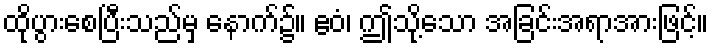
ထိုပွားစေပြီးသည်မှ နောက်၌။ ဧဝံ၊ ဤသို့သော အခြင်းအရာအားဖြင့်။